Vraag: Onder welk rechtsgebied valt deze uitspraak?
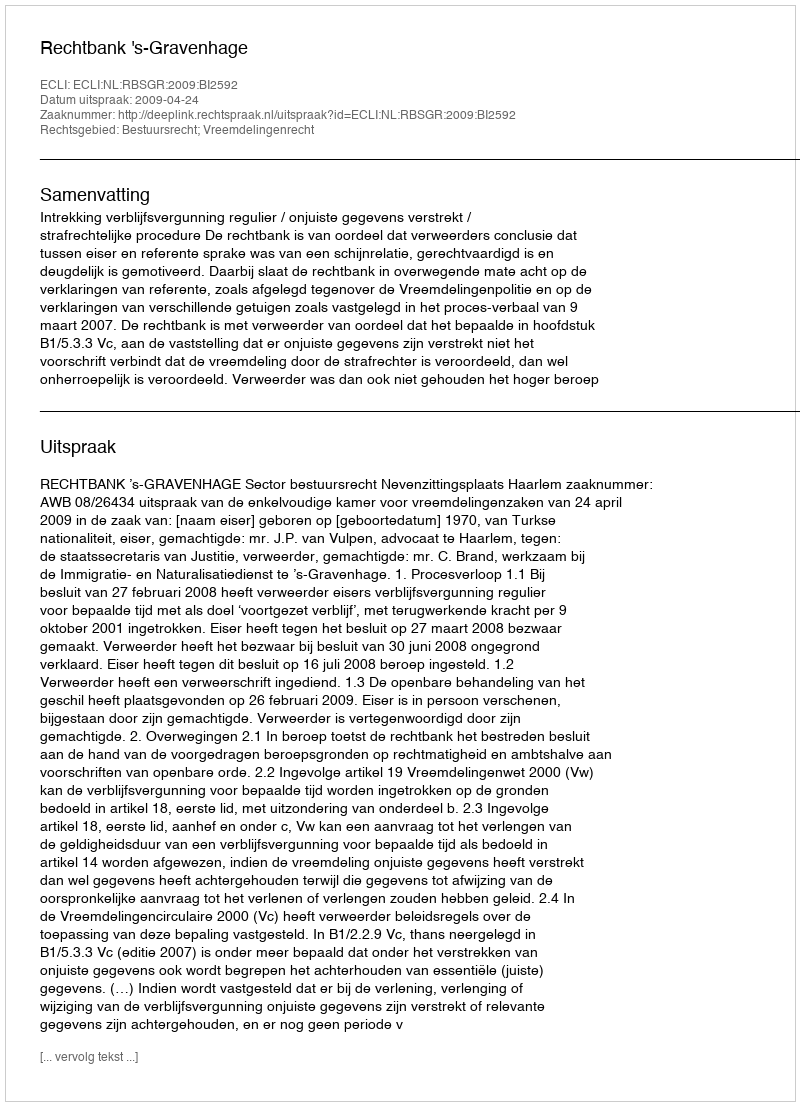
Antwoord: Bestuursrecht; Vreemdelingenrecht